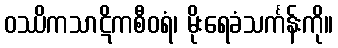
ဝဿိကသာဋိကစီဝရံ၊ မိုးရေခံသင်္ကန်းကို။